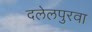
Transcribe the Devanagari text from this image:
दलेलपुरवा